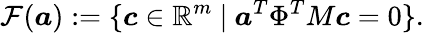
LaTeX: \mathcal{F}(\boldsymbol{a}):=\{ \boldsymbol{c}\in\mathbb{R}^{m}\mathrm{~}|\mathrm{~}\boldsymbol{a}^{T}\Phi^{T}M\boldsymbol{c}=0\} .